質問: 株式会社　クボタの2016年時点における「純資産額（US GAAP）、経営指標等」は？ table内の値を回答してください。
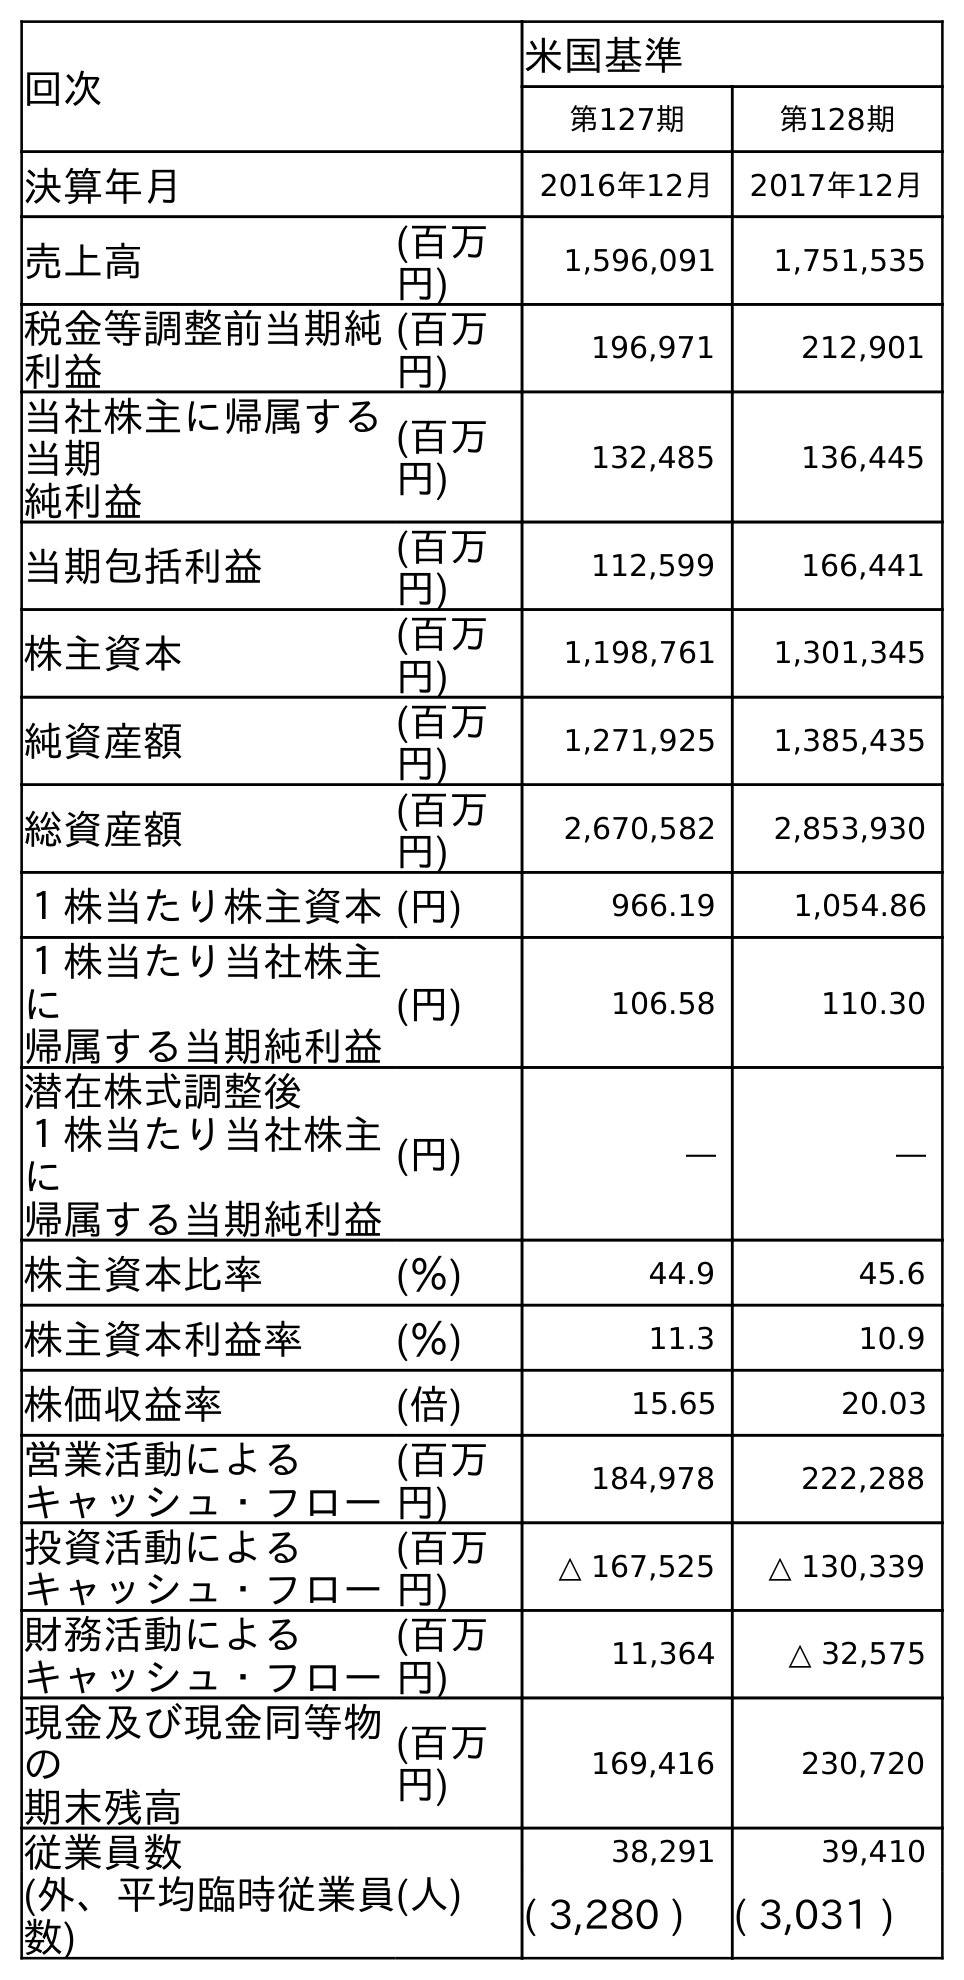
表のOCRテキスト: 回次 米国基準 第127期 第128期 決算年月 2016年12月 2017年12月 売上高 (百万 円) 1,596,091 1,751,535 税金等調整前当期純 利益 (百万 円) 196,971 212,901 当社株主に帰属する 当期 純利益 (百万 円) 132,485 136,445 当期包括利益 (百万 円) 112,599 166,441 株主資本 (百万 円) 1,198,761 1,301,345 純資産額 (百万 円) 1,271,925 1,385,435 総資産額 (百万 円) 2,670,582 2,853,930 １株当たり株主資本(円) 966.19 1,054.86 １株当たり当社株主 に 帰属する当期純利益 (円) 106.58 110.30 潜在株式調整後 １株当たり当社株主 に 帰属する当期純利益 (円) ― ― 株主資本比率 (％) 44.9 45.6 株主資本利益率 (％) 11.3 10.9 株価収益率 (倍) 15.65 20.03 営業活動による キャッシュ・フロー (百万 円) 184,978 222,288 投資活動による キャッシュ・フロー (百万 円) △ 167,525 △ 130,339 財務活動による キャッシュ・フロー (百万 円) 11,364 △ 32,575 現金及び現金同等物 の 期末残高 (百万 円) 169,416 230,720 従業員数 (人) 38,291 39,410 (外、平均臨時従業員 数) ( 3,280 ) ( 3,031 )
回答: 1,271,925